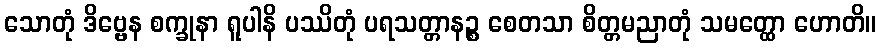
သောတုံ ဒိဗ္ဗေန စက္ခုနာ ရူပါနိ ပဿိတုံ ပရသတ္တာနဉ္စ စေတသာ စိတ္တမညာတုံ သမတ္ထော ဟောတိ။